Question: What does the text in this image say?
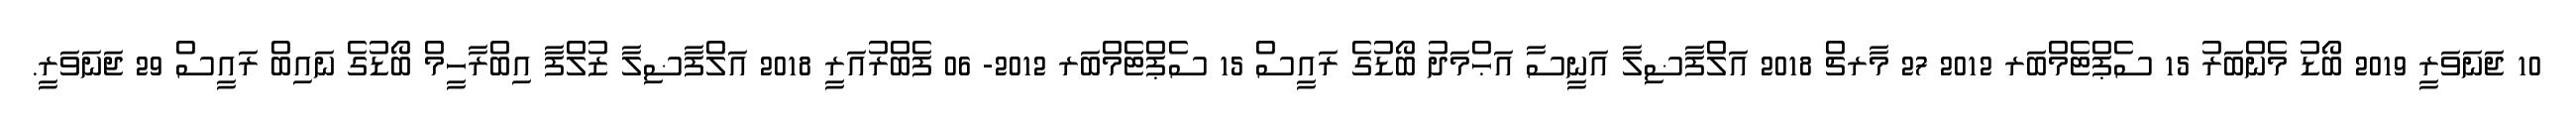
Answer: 10 ޖަނަވަރީ 2019 ބޯޑު މެންބަރު 15 ސެޕްޓެމްބަރ 2012 27 މާރޗް 2018 އަލްފާޟިލާ އަނީސާ އަޙްމަދު ބޯޑުގެ ރައީސް 15 ސެޕްޓެމްބަރ 2012- 06 ފެބްރުއަރީ 2018 އަލްފާޟިލާ ޒުލްފާ އިބްރާހީމް ބޯޑުގެ ނައިބް ރައީސް 29 ޖަނަވަރީ.